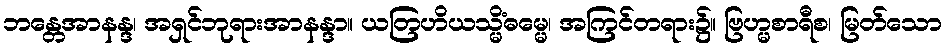
ဘန္တေအာနန္ဒ၊ အရှင်ဘုရားအာနန္ဒာ။ ယတြဟိယသ္မိံဓမ္မေ၊ အကြင်တရား၌။ ဗြဟ္မစာရီစ၊ မြတ်သော